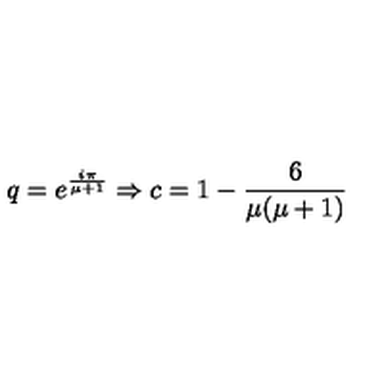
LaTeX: q = e ^ { \frac { i \pi } { \mu + 1 } } \Rightarrow c = 1 - \frac { 6 } { \mu ( \mu + 1 ) }